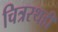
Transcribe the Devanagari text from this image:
चित्ररथही